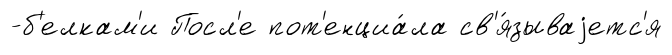
-б'елкам'и Посл'е пот'енциа́ла св'я́зываjетс'я